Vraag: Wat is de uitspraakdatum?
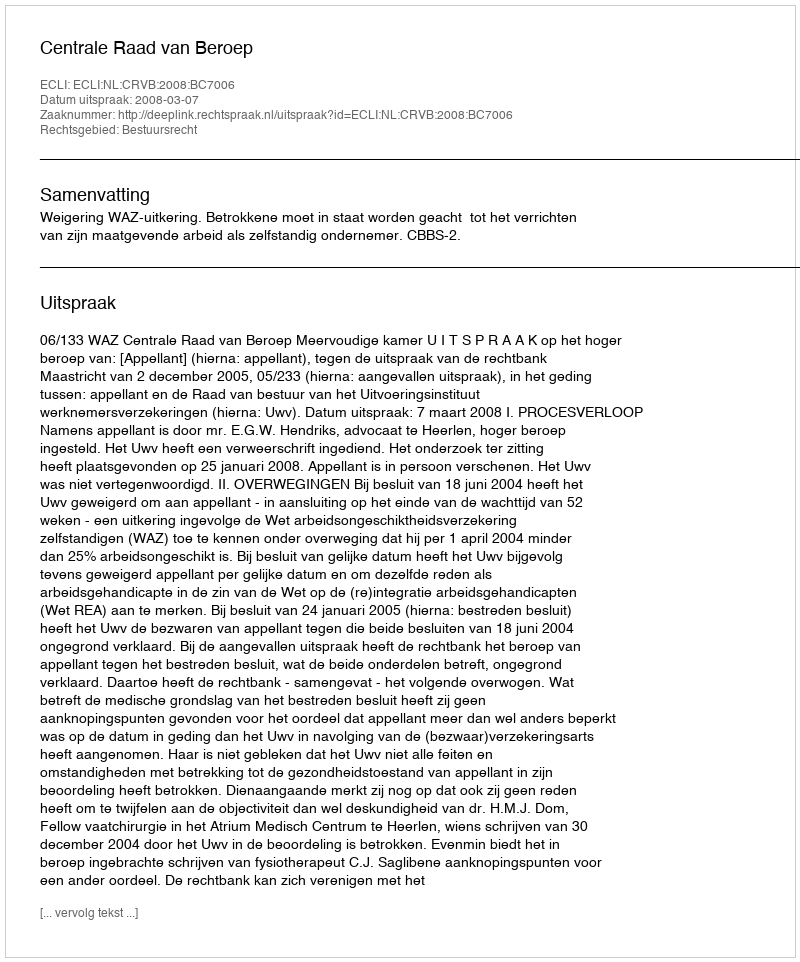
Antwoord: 2008-03-07